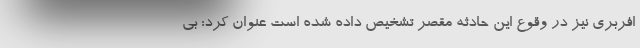
افربری نیز در وقوع این حادثه مقصر تشخیص داده شده است عنوان کرد: بی